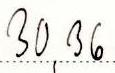
30,36